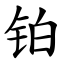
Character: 铂